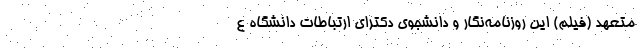
متعهد (فیلم) این روزنامه‌نگار و دانشجوی دکترای ارتباطات دانشگاه ع